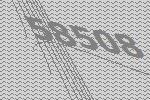
58508